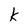
Character: k